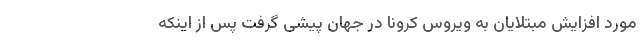
مورد افزایش مبتلایان به ویروس کرونا در جهان پیشی گرفت پس از اینکه